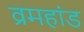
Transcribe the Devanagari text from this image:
व्रमहांड